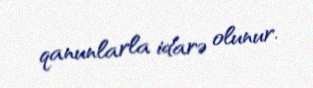
qanunlarla idarə olunur.